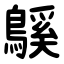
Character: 䳶